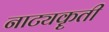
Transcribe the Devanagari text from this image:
नाट्यकॄती